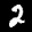
Label: 2